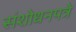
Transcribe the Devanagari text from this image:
संशोधनपत्रे